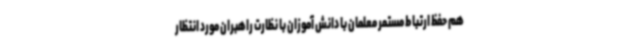
هم حفظ ارتباط مستمر معلمان با دانش آموزان با نظارت راهبران مورد انتظار